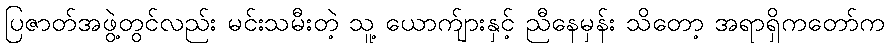
ပြဇာတ်အဖွဲ့တွင်လည်း မင်းသမီးတဲ့ သူ့ ယောက်ျားနှင့် ညီနေမှန်း သိတော့ အရာရှိကတော်က